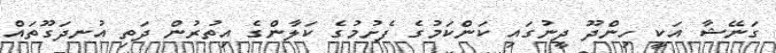
ގަނޭޝާ އަކީ ހިންދޫ ދީނުގައި ކަންކަމުގެ ފެށުމުގެ ކަލާންގެ އިތުރުން ދަތި އުނދަގޫތައް